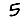
Digit: 5